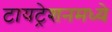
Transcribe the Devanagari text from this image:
टायट्रेशनमध्ये